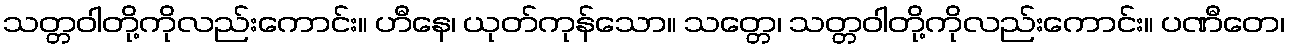
သတ္တဝါတို့ကိုလည်းကောင်း။ ဟီနေ၊ ယုတ်ကုန်သော။ သတ္တေ၊ သတ္တဝါတို့ကိုလည်းကောင်း။ ပဏီတေ၊